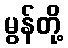
မွန်တို့